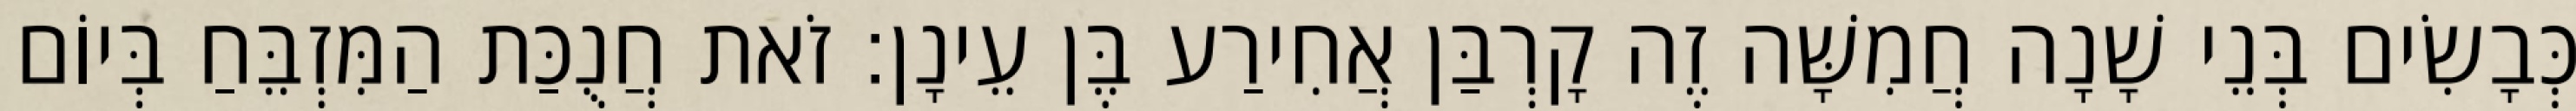
כְּבָשִׂים בְּנֵי שָׁנָה חֲמִשָּׁה זֶה קָרְבַּן אֲחִירַע בֶּן עֵינָן׃ זֹאת חֲנֻכַּת הַמִּזְבֵּחַ בְּיוֹם